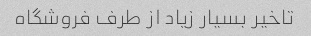
تاخیر بسیار زیاد از طرف فروشگاه